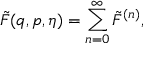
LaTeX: \tilde { F } ( q , p , \eta ) = \sum _ { n = 0 } ^ { \infty } \tilde { F } ^ { ( n ) } ,